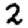
Digit: 2